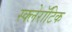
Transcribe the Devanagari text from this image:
स्क्लेरॉटिक